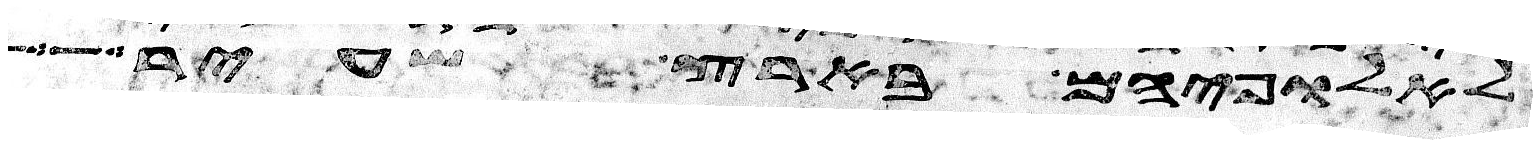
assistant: לאלופיהם בארץ שעיר